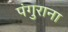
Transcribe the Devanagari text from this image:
पंगुराना